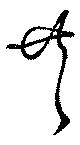
共